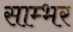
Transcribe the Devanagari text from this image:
साम्‍भर